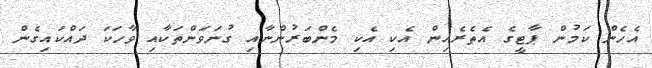
އެހެން ކަމުން ޕާޓީގެ އެތެރެއިން އެކި އެކި މެންބަރުންނާއި ގުނަވަންތަކާއި ވާހަކަ ދައްކައިގެން